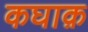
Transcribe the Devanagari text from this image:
कघाक़